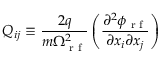
Q _ { i j } \equiv \frac { 2 q } { m \Omega _ { \textrm { r f } } ^ { 2 } } \left( \frac { \partial ^ { 2 } \phi _ { \textrm { r f } } } { \partial x _ { i } \partial x _ { j } } \right)